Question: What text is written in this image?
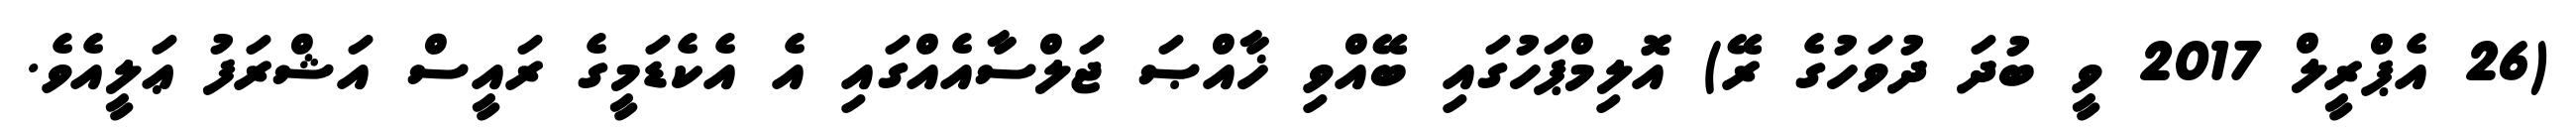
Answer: (26 އެޕްރީލް 2017 ވީ ބުދަ ދުވަހުގެ ރޭ) އޮލިމްޕަހުގައި ބޭއްވި ޚާއްޞަ ޖަލްސާއެއްގައި އެ އެކެޑަމީގެ ރައީސް އަޝްރަފު ޢަލީއެވެ.